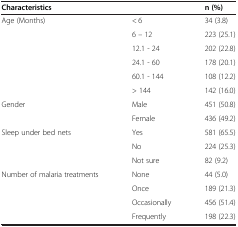
<table><thead><tr><td><b>Characteristics</b></td><td><b> </b></td><td><b>n (%)</b></td></tr></thead><tbody><tr><td>Age (Months)</td><td>&lt; 6</td><td>34 (3.8)</td></tr><tr><td> </td><td>6 – 12</td><td>223 (25.1)</td></tr><tr><td> </td><td>12.1 - 24</td><td>202 (22.8)</td></tr><tr><td> </td><td>24.1 - 60</td><td>178 (20.1)</td></tr><tr><td> </td><td>60.1 - 144</td><td>108 (12.2)</td></tr><tr><td> </td><td>&gt; 144</td><td>142 (16.0)</td></tr><tr><td>Gender</td><td>Male</td><td>451 (50.8)</td></tr><tr><td> </td><td>Female</td><td>436 (49.2)</td></tr><tr><td>Sleep under bed nets</td><td>Yes</td><td>581 (65.5)</td></tr><tr><td> </td><td>No</td><td>224 (25.3)</td></tr><tr><td> </td><td>Not sure</td><td>82 (9.2)</td></tr><tr><td>Number of malaria treatments</td><td>None</td><td>44 (5.0)</td></tr><tr><td> </td><td>Once</td><td>189 (21.3)</td></tr><tr><td> </td><td>Occasionally</td><td>456 (51.4)</td></tr><tr><td> </td><td>Frequently</td><td>198 (22.3)</td></tr></tbody></table>